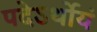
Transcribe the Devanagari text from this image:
पदेऽर्थोयं